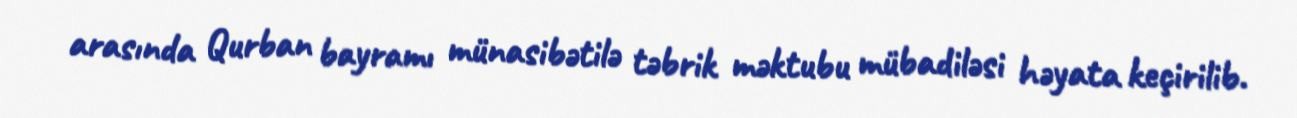
arasında Qurban bayramı münasibətilə təbrik məktubu mübadiləsi həyata keçirilib.